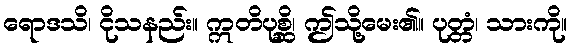
ရောဒသိ၊ ငိုသနည်း။ ဣတိပုစ္ဆိ၊ ဤသို့မေး၏။ ပုတ္တံ၊ သားကို။